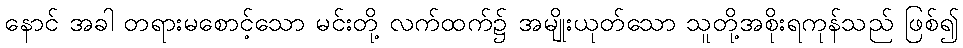
နောင် အခါ တရားမစောင့်သော မင်းတို့ လက်ထက်၌ အမျိုးယုတ်သော သူတို့အစိုးရကုန်သည် ဖြစ်၍